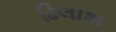
ઢિલાશ